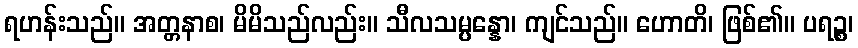
ရဟန်းသည်။ အတ္တနာစ၊ မိမိသည်လည်း။ သီလသမ္ပန္နော၊ ကျင်သည်။ ဟောတိ၊ ဖြစ်၏။ ပရဉ္စ၊